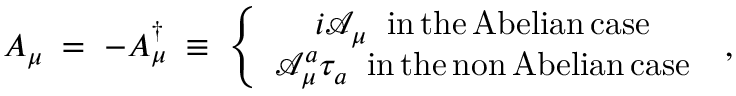
A _ { \mu } \; = \; - A _ { \mu } ^ { \dagger } \; \equiv \; \left\{ \begin{array} { c } { { i { \mathcal A } _ { \mu } \; \; \mathrm { i n \, t h e \, A b e l i a n \, c a s e } } } \\ { { { \mathcal A } _ { \mu } ^ { a } \tau _ { a } \; \; \mathrm { i n \, t h e \, n o n \, A b e l i a n \, c a s e } } } \end{array} \right. \; ,